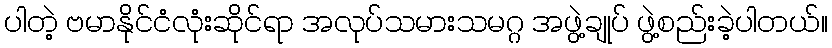
ပါတဲ့ ဗမာနိုင်ငံလုံးဆိုင်ရာ အလုပ်သမားသမဂ္ဂ အဖွဲ့ချုပ် ဖွဲ့စည်းခဲ့ပါတယ်။